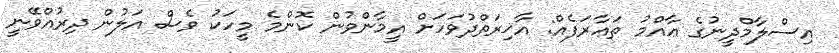
އިސްލާމްދީނުގެ ޢާއްމު ތަޢާރަފެއް: އާޚިރަތްދުވަހަށް އީމާންވުން ކޮންމެ މީހަކު ވެސް އަލުން ދިރުއްވޭނީ